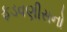
ફડવણીસનો